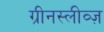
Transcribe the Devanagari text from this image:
ग्रीनस्लीव्ज़